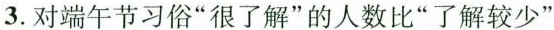
3.对端午节习俗”很了解”的人数比”了解较少